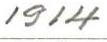
1914